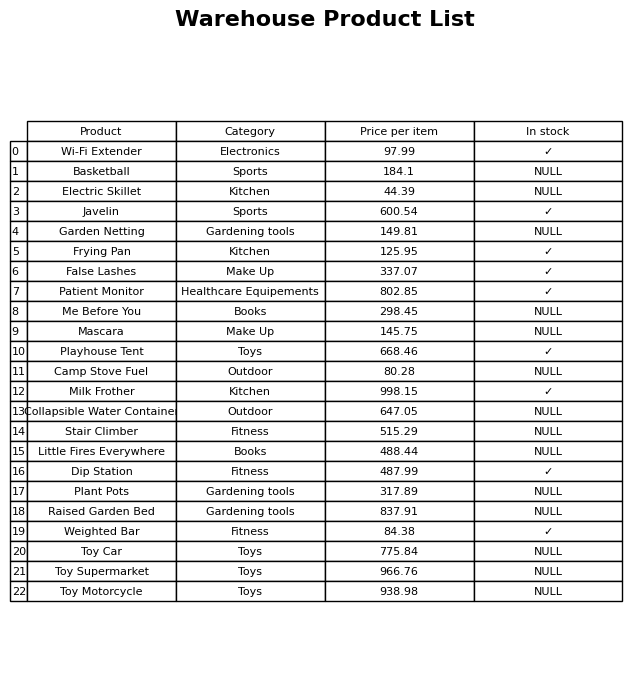
question: What is the price for Raised Garden Bed?
answer: The price of Raised Garden Bed is 837.91.